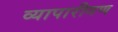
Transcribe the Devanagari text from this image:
व्‍यापारीगण